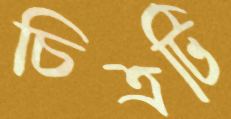
চিত্রটি